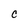
Character: c